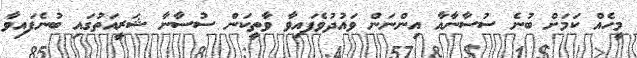
މީހެއް ކަމަށް ބުނެ ސުސާނާއާ އިންނަން ވައުދުވެފައިވާ ވާތީކަން ސުސާނާ ޝަރީއަތުގައި ބުނެފައިވާ